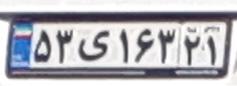
۵۳ی۱۶۳۲۱